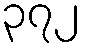
၃၇၂